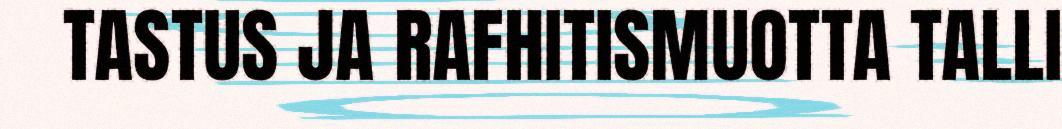
TASTUS JA RAFHITISMUOTTA TALLI